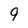
Character: 9